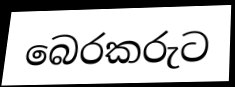
බෙරකරුට